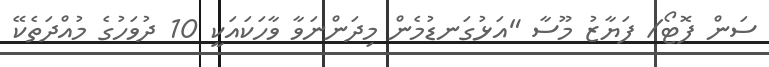
ސަން ފޮޓޯ/ ފަޔާޒު މޫސާ "އަޅުގަނޑުމެން މިދަންނަވާ ވާހަކައަކީ 10 ދުވަހުގެ މުއްދަތެކޭ